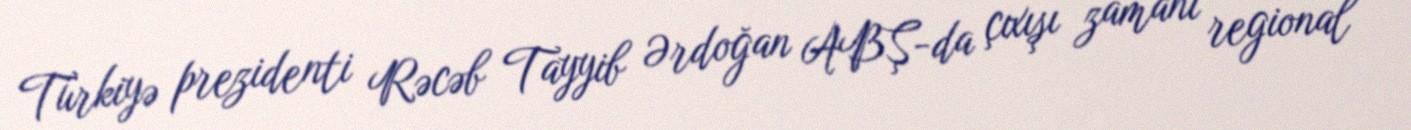
Türkiyə prezidenti Rəcəb Tayyib Ərdoğan ABŞ-da çıxışı zamanı regional